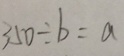
3 5 0 \div b = a